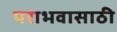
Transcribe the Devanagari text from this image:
पराभवासाठी